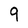
Character: 9